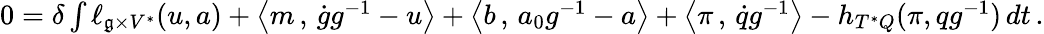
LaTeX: \begin{array}{r}{0=\delta\int\ell_{\mathfrak{g}\times V^{*}}(u,a)+\left<m\, ,\, \dot{g}g^{-1}-u\right>+\left<b\, ,\, a_{0}g^{-1}-a\right>+\left<\pi\, ,\, \dot{q}g^{-1}\right>-h_{T^{*}Q}(\pi,qg^{-1})\, dt\, .}\end{array}